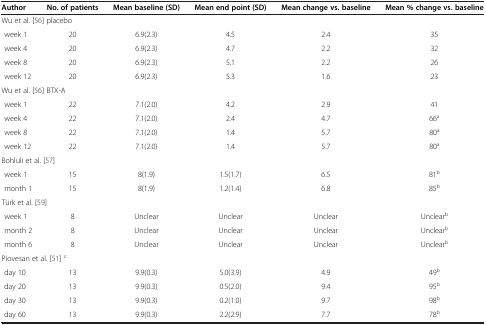
<table><thead><tr><td><b>Author</b></td><td><b>No. of patients</b></td><td><b>Mean baseline (SD)</b></td><td><b>Mean end point (SD)</b></td><td><b>Mean change vs. baseline</b></td><td><b>Mean % change vs. baseline</b></td></tr></thead><tbody><tr><td colspan="6">Wu et al. [56] placebo</td></tr><tr><td>week 1</td><td>20</td><td>6.9(2.3)</td><td>4.5</td><td>2.4</td><td>35</td></tr><tr><td>week 4</td><td>20</td><td>6.9(2.3)</td><td>4.7</td><td>2.2</td><td>32</td></tr><tr><td>week 8</td><td>20</td><td>6.9(2.3)</td><td>5.1</td><td>2.2</td><td>26</td></tr><tr><td>week 12</td><td>20</td><td>6.9(2.3)</td><td>5.3</td><td>1.6</td><td>23</td></tr><tr><td colspan="6">Wu et al. [56] BTX-A</td></tr><tr><td>week 1</td><td>22</td><td>7.1(2.0)</td><td>4.2</td><td>2.9</td><td>41</td></tr><tr><td>week 4</td><td>22</td><td>7.1(2.0)</td><td>2.4</td><td>4.7</td><td>66<sup>a</sup></td></tr><tr><td>week 8</td><td>22</td><td>7.1(2.0)</td><td>1.4</td><td>5.7</td><td>80<sup>a</sup></td></tr><tr><td>week 12</td><td>22</td><td>7.1(2.0)</td><td>1.4</td><td>5.7</td><td>80<sup>a</sup></td></tr><tr><td colspan="6">Bohluli et al. [57]</td></tr><tr><td>week 1</td><td>15</td><td>8(1.9)</td><td>1.5(1.7)</td><td>6.5</td><td>81<sup>b</sup></td></tr><tr><td>month 1</td><td>15</td><td>8(1.9)</td><td>1.2(1.4)</td><td>6.8</td><td>85<sup>b</sup></td></tr><tr><td colspan="6">Türk et al. [59]</td></tr><tr><td>week 1</td><td>8</td><td>Unclear</td><td>Unclear</td><td>Unclear</td><td>Unclear<sup>b</sup></td></tr><tr><td>month 2</td><td>8</td><td>Unclear</td><td>Unclear</td><td>Unclear</td><td>Unclear<sup>b</sup></td></tr><tr><td>month 6</td><td>8</td><td>Unclear</td><td>Unclear</td><td>Unclear</td><td>Unclear<sup>b</sup></td></tr><tr><td colspan="6">Piovesan et al. [51]<sup>c</sup></td></tr><tr><td>day 10</td><td>13</td><td>9.9(0.3)</td><td>5.0(3.9)</td><td>4.9</td><td>49<sup>b</sup></td></tr><tr><td>day 20</td><td>13</td><td>9.9(0.3)</td><td>0.5(2.0)</td><td>9.4</td><td>95<sup>b</sup></td></tr><tr><td>day 30</td><td>13</td><td>9.9(0.3)</td><td>0.2(1.0)</td><td>9.7</td><td>98<sup>b</sup></td></tr><tr><td>day 60</td><td>13</td><td>9.9(0.3)</td><td>2.2(2.9)</td><td>7.7</td><td>78<sup>b</sup></td></tr></tbody></table>